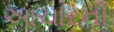
આચારની